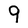
Character: 9